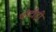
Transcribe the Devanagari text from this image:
पोटीही